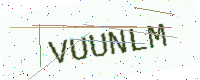
Text: VUUNLM